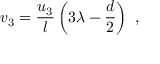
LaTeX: v _ { 3 } = \frac { u _ { 3 } } l \left( 3 \lambda - \frac { d } 2 \right) ~ ,